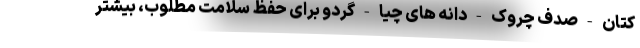
کتان - صدف چروک - دانه های چیا - گردو برای حفظ سلامت مطلوب، بیشتر